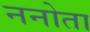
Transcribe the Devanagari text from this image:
ननोता